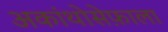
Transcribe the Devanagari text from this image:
अकांथोसेफ़ाला